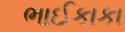
ભાઈકાકા